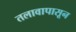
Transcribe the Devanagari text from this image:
तलावापासून